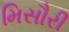
મિસૌરી